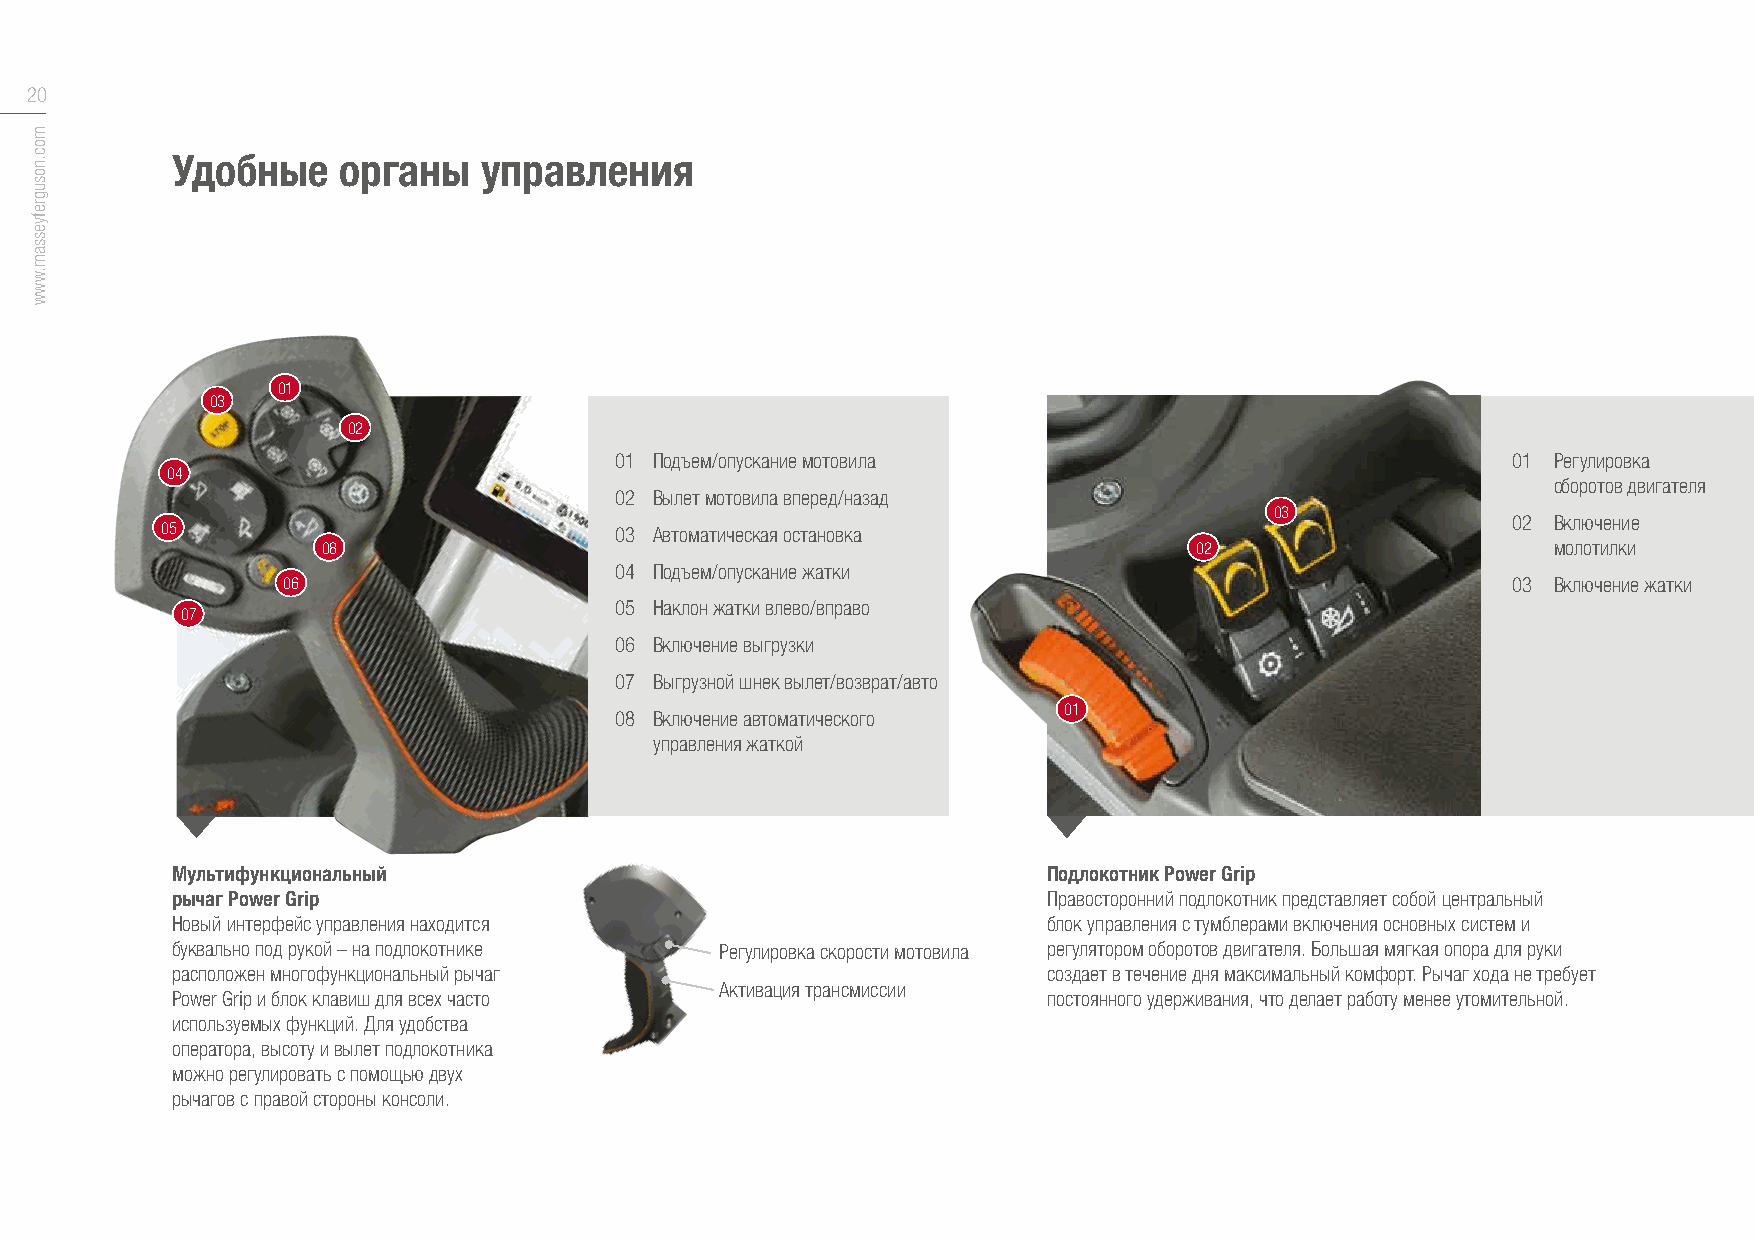
20
 Удобные    органы    управления
 01
 03
 02
 01 Подъем/опускание мотовила                               01 Регулировка
 04
 оборотов двигателя
 02 Вылет мотовила вперед/назад
 03
 05                            03 Автоматическая остановка                                02 Включение
 08                                                        02                      молотилки
 04 Подъем/опускание жатки
 06                                                                               03 Включение жатки
 05 Наклон жатки влево/вправо
 07
 06 Включение выгрузки
 07 Выгрузной шнек вылет/возврат/авто
 01
 08 Включение автоматического
 управления жаткой
 Мультифункциональный                                      Подлокотник Power Grip
 рычаг Power Grip                                          Правосторонний подлокотник представляет собой центральный
 Новый интерфейс управления находится                      блок управления с тумблерами включения основных систем и
 буквально под рукой – на подлокотнике Регулировка скорости мотовила регулятором оборотов двигателя. Большая мягкая опора для руки
 расположен многофункциональный рычаг                      создает в течение дня максимальный комфорт. Рычаг хода не требует
 Активация трансмиссии
 Power Grip и блок клавиш для всех часто                   постоянного удерживания, что делает работу менее утомительной.
 используемых функций. Для удобства
 оператора, высоту и вылет подлокотника
 можно регулировать с помощью двух
 рычагов с правой стороны консоли.
 moc.nosugrefyessam.www